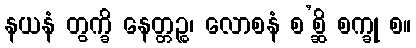
နယနံ တွက္ခိ နေတ္တဉ္စ၊ လောစနံ စ’စ္ဆိ စက္ခု စ။